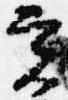
実